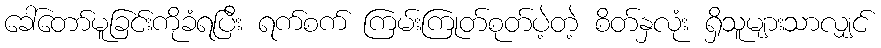
ခေါ်တော်မူခြင်းကိုခံရပြီး ရက်စက် ကြမ်းကြုတ်စုတ်ပဲ့တဲ့ စိတ်နှလုံး ရှိသူများသာလျှင်